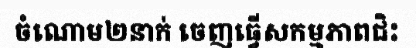
ចំណោម២នាក់ ចេញធ្វើសកម្មភាពជិះ